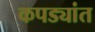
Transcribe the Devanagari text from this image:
कपड्यांत